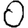
Digit: 0